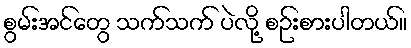
စွမ်းအင်တွေ သက်သက် ပဲလို့ စဉ်းစားပါတယ်။